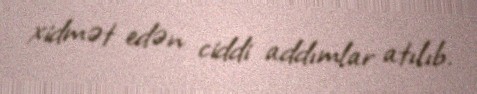
xidmət edən ciddi addımlar atılıb.